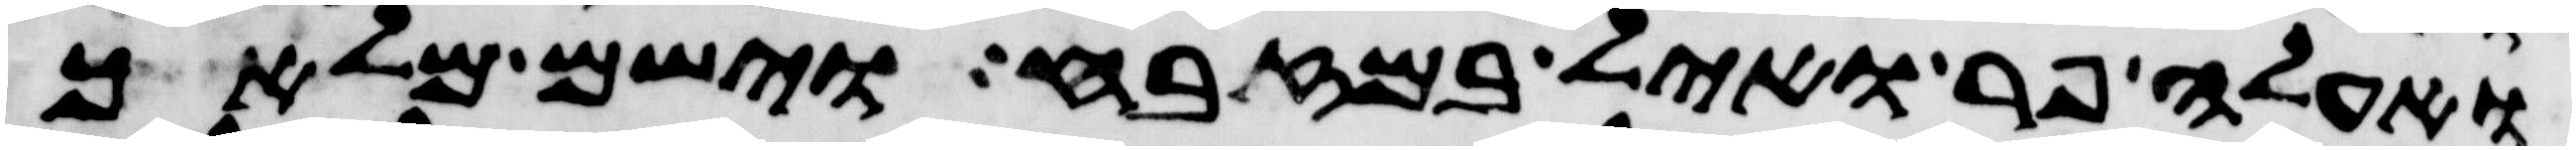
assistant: ואעלה פר ואיל במזבח וישם מלאך